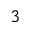
^ 3